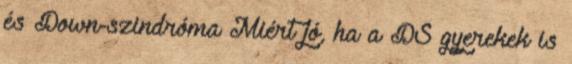
és Down-szindróma Miért jó, ha a DS gyerekek is